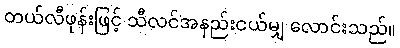
တယ်လီဖုန်းဖြင့် သီလင်အနည်းငယ်မျှ လောင်းသည်။